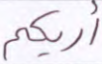
أريكم